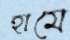
হামে